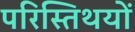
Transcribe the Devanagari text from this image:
परिस्तिथयों